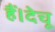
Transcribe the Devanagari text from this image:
हैं।देचू